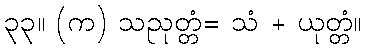
၃၃။ (က) သညုတ္တံ= သံ + ယုတ္တံ။